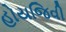
હોયજિવી